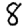
Digit: 8